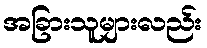
အခြားသူများလည်း